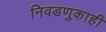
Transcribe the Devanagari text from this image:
निवडणुकाही